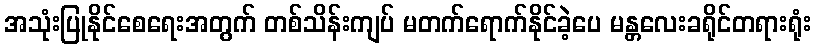
အသုံးပြုနိုင်စေရေးအတွက် တစ်သိန်းကျပ် မတက်ရောက်နိုင်ခဲ့ပေ မန္တလေးခရိုင်တရားရုံး